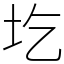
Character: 圪